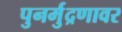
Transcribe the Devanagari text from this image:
पुनर्मुद्रणावर